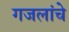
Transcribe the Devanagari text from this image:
गजलांचे